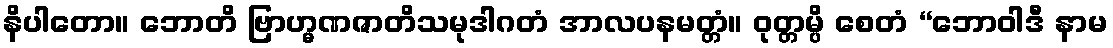
နိပါတော။ ဘောတိ ဗြာဟ္မဏဇာတိသမုဒါဂတံ အာလပနမတ္တံ။ ဝုတ္တမ္ပိ စေတံ “ဘောဝါဒီ နာမ